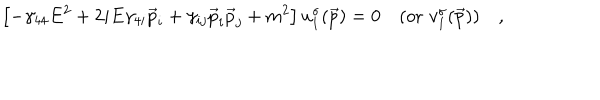
LaTeX: \left[ - \gamma _ { 4 4 } E ^ { 2 } + 2 i E \gamma _ { 4 i } \vec { p } _ { i } + \gamma _ { i j } \vec { p } _ { i } \vec { p } _ { j } + m ^ { 2 } \right] u _ { 1 } ^ { \sigma } ( \vec { p } ) = 0 \quad ( \mathrm { o r } \, \, v _ { 1 } ^ { \sigma } ( \vec { p } ) ) \quad ,